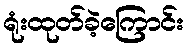
ရုံးထုတ်ခဲ့ကြောင်း